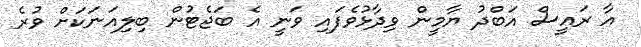
އާ ރައީސް އަބްދު ޔާމީން ވިދާޅުވެފައި ވަނީ އެ ބަޖެޓުން ބިލިއަނަކަށް ވުރެ